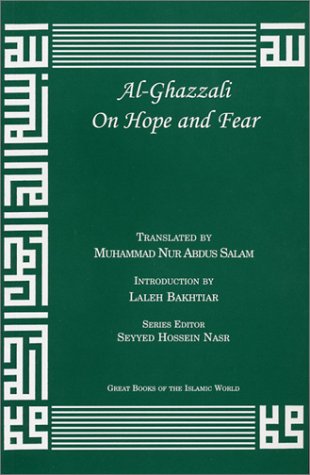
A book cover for Al-Ghazzali On Hope and Fear (The Deliverers); AbÃ» HÃ¢mid Muhammad ibn Muhammad al-GhazÃ¢lÃ®; Religion & Spirituality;